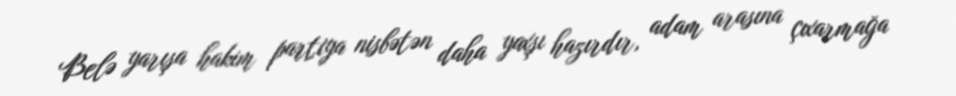
Belə yarışa hakim partiya nisbətən daha yaxşı hazırdır, adam arasına çıxarmağa